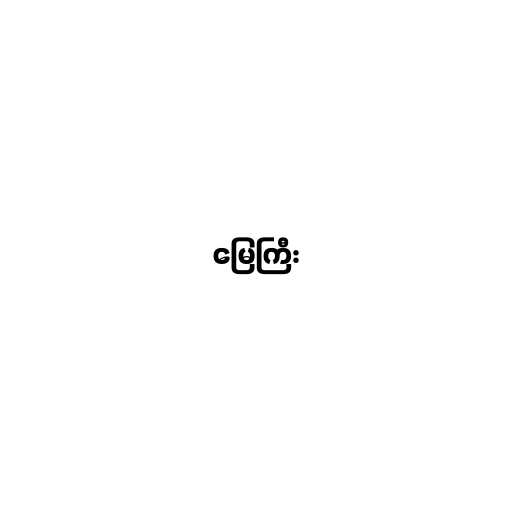
မြေကြီး